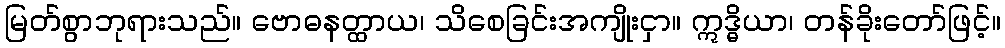
မြတ်စွာဘုရားသည်။ ဗောဓနတ္ထာယ၊ သိစေခြင်းအကျိုးငှာ။ ဣဒ္ဓိယာ၊ တန်ခိုးတော်ဖြင့်။